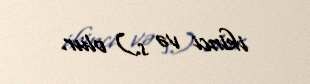
ikinci və s.) olur.